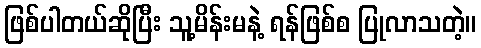
ဖြစ်ပါတယ်ဆိုပြီး သူ့မိန်းမနဲ့ ရန်ဖြစ်စ ပြုလာသတဲ့။